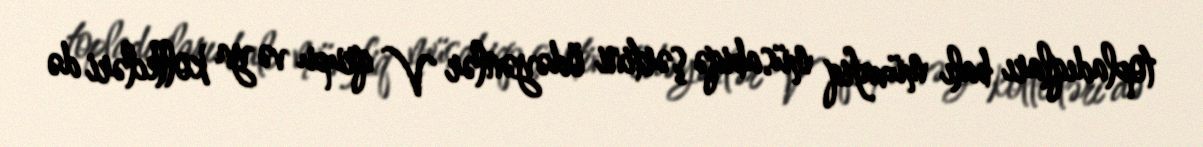
topladıqları balı müvafiq müsabiqə şərtini ödəyənlər V qrupu və ya kollecləri də